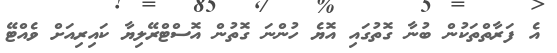
އެ ފަރާތްތަކުން ބުނާ ގޮތުގައި އޮޔެ ހުންނަ ގޮތުން އޮސްޓްރޭލިޔާ ކައިރިއަށް ވެއްޓޭ